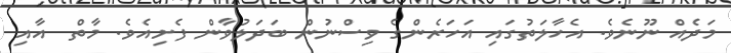
މަދެއް ނޫނެވެ. އެހާލަތުގައި އަހަރެންގެ ވިސްނުން ބަދަލުވާން ފެށިއެވެ. މާތް  އާއި